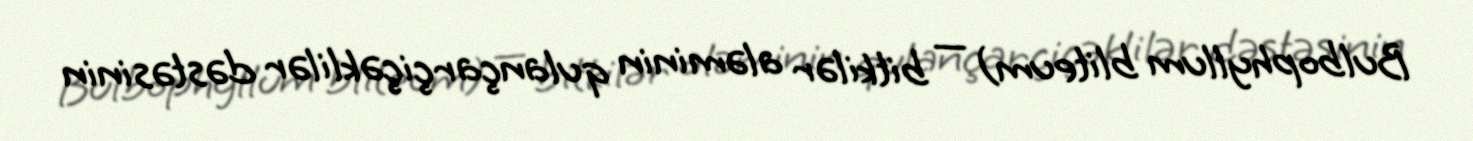
Bulbophyllum bliteum) — bitkilər aləminin qulançarçiçəklilər dəstəsinin